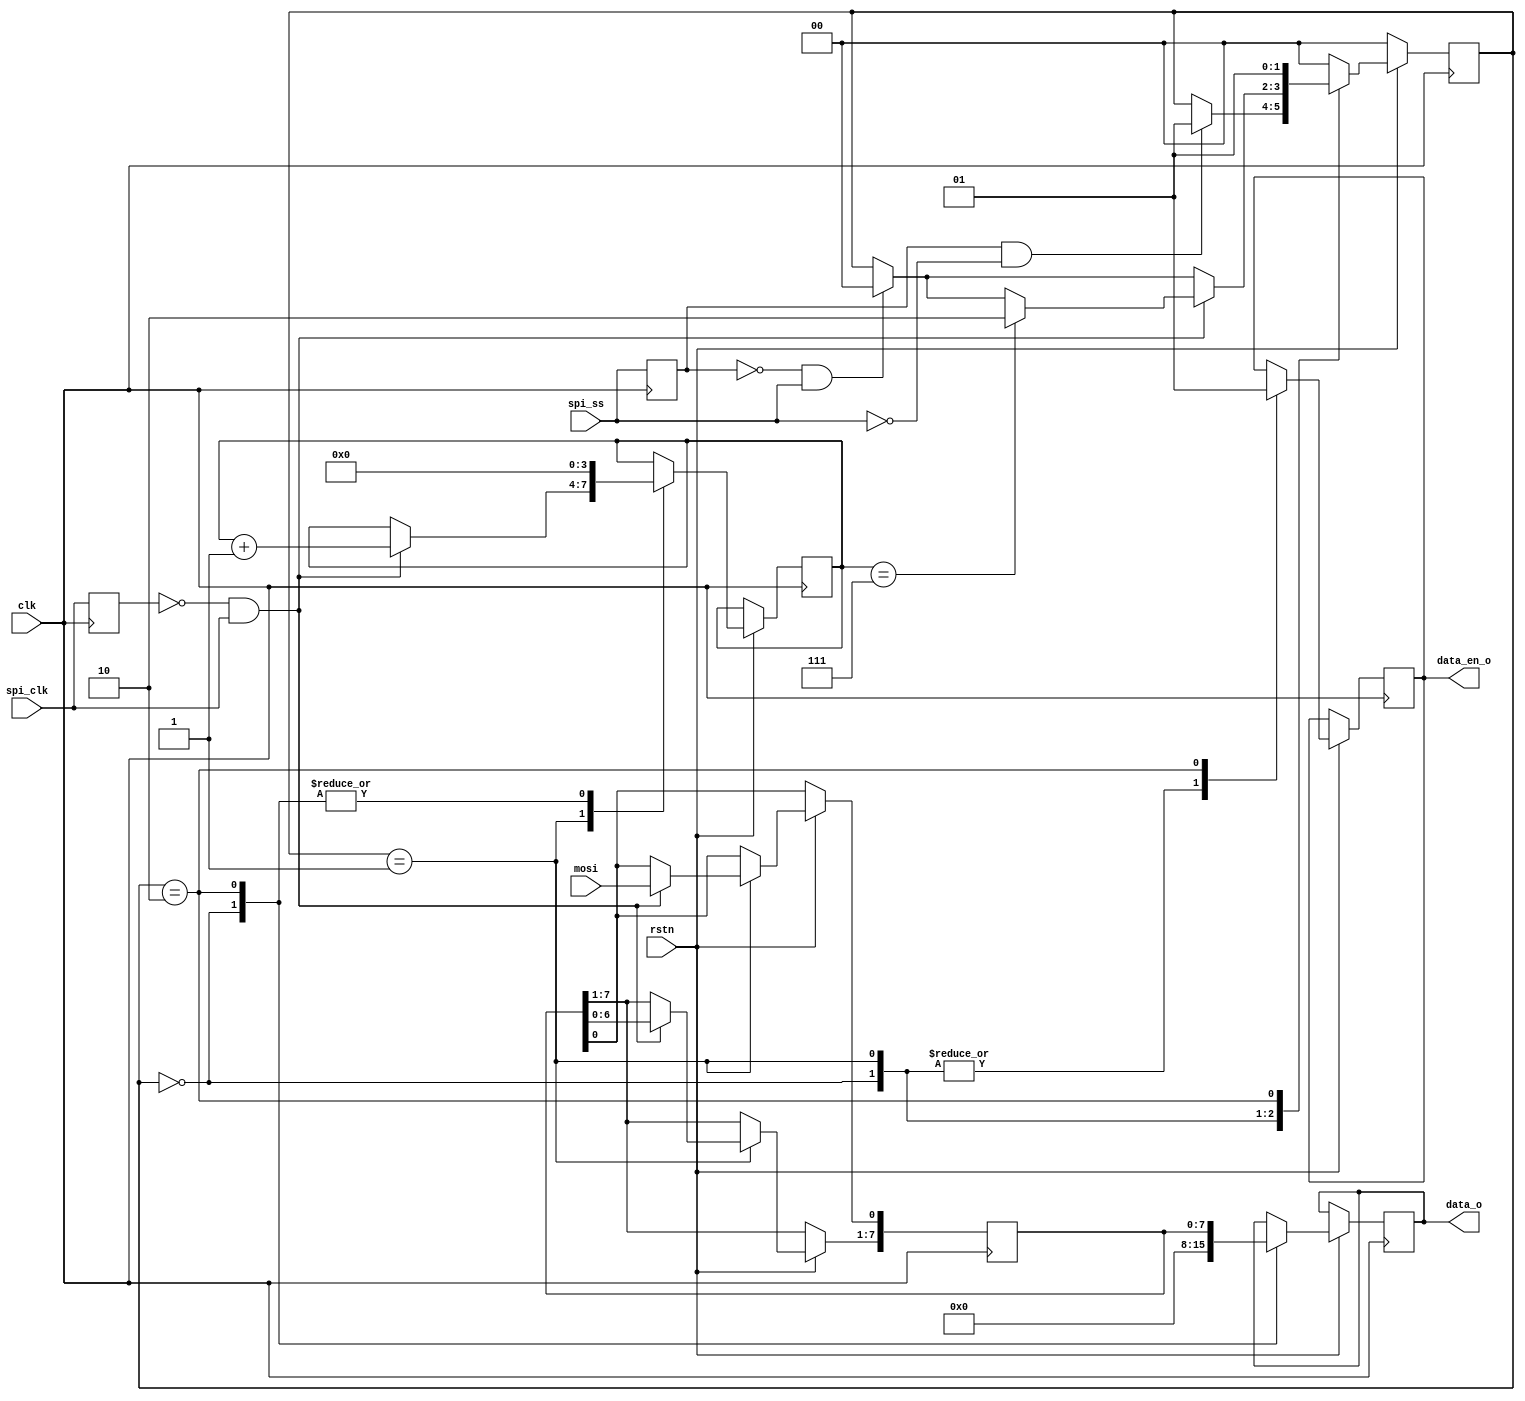
/////////////////////////////////////////////////////////////////////////////
//
// Copyright (C) 2013-2018 Efinix Inc. All rights reserved.
//
//
//********************************
// Revisions:
// 0.0 Initial rev
//********************************

module spi_slave
(
  //
  input      clk,
  input      rstn,
  input      spi_clk,
  input      mosi,
  input      spi_ss,
  
  output      data_en_o,
  output [7:0]data_o
);
  

  reg spi_ss_d0;
  reg spi_clk_d0;
  (* syn_preserve="TRUE" *)reg mosi_d0;
  (* syn_preserve="TRUE" *)wire ss_fall,ss_raise;
  (* syn_preserve="TRUE" *)wire clk_fall,clk_raise;
  always@(posedge clk) begin
     spi_ss_d0  <= #1 spi_ss;
     spi_clk_d0 <= #1 spi_clk;
     mosi_d0    <= #1 mosi;
  end 
  assign ss_fall  = spi_ss_d0 & ~spi_ss;
  assign ss_raise = ~spi_ss_d0 & spi_ss;
  assign clk_raise = ~spi_clk_d0 & spi_clk;
  assign clk_fall  = spi_clk_d0 & ~spi_clk;
  
	 
  reg [7:0] data;
  reg [3:0] cnt;
  reg       data_en;
  reg [7:0] data_lock;
  reg [1:0] state = 0;
  localparam IDLE = 2'd0;  
  localparam RECV = 2'd1;  
  localparam DONE = 2'd2;
  
  always@(posedge clk)	
  if(!rstn) begin
    state <= IDLE;
  end else begin	
  case(state)
  IDLE:begin
     cnt <= 0;
	 data_en <= 0;
	 data_lock <= 0;
     if(ss_fall)begin
        state <= RECV;
	 end  
  end  
  RECV:begin
	   data_en <= 0;
	   if(ss_raise)begin
	     state <= IDLE;
       end
	   if(clk_raise)begin 
	     cnt   <= cnt + 1;
         data[0] <= mosi;
		 data[7:1] <= data[6:0];
         if(cnt == 7)
            state <= DONE;	
       end			
  end
  DONE:begin
     cnt       <= 0;
     data_lock <= data;
	 data_en   <= 1;
	 state     <= RECV;
  end
  default:state <= IDLE;  
  endcase
  end

  assign  data_en_o = data_en;
  assign  data_o    = data_lock;
endmodule